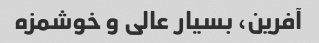
آفرین، بسیار عالی و خوشمزه